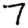
Digit: 7